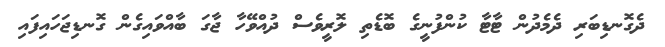
ދެގޮނޑިބަރި ދެމެދުން ޓާޓާ ކުންފުނީގެ ބޮޑެތި ލޮރީވެސް ދުއްވޭހާ ޖާގަ ބާއްވައިގެން ގޮނޑިޖަހައިފައި